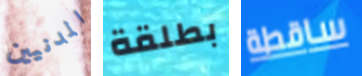
المدنيين بطلقة ساقطة